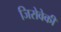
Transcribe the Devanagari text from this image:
जिरोवेकी